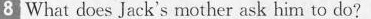
8 What does Jack's mother ask him to do?